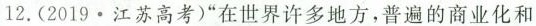
12.(2019 \cdot 江苏高考)”在世界许多地方，普遍的商业化和